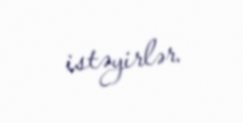
istəyirlər.